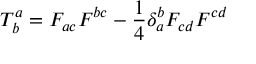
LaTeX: T _ { b } ^ { a } = F _ { a c } F ^ { b c } - \frac { 1 } { 4 } \delta _ { a } ^ { b } F _ { c d } F ^ { c d }